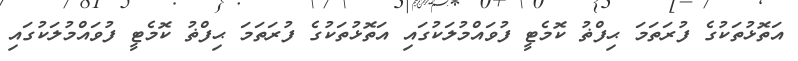
އަތޮޅުތަކުގެ ފުރަތަމަ ޙިފްޡު ކޮމެޓީ ފުވައްމުލަކުގައި އަތޮޅުތަކުގެ ފުރަތަމަ ޙިފްޡު ކޮމެޓީ ފުވައްމުލަކުގައި